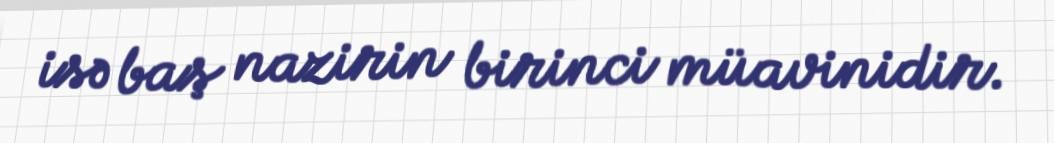
isə baş nazirin birinci müavinidir.